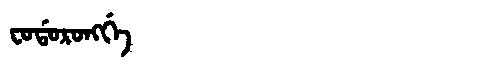
Manchu: ᠸᠣᡩᠣᡵᠣᠩᡤᡝ
Romanization: FODORONGGE